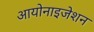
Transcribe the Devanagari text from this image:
आयोनाइजेशन